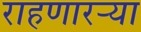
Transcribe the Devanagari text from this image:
राहणारऱ्या